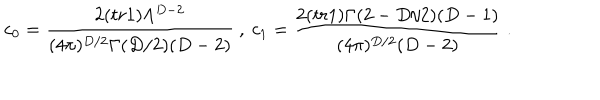
LaTeX: c _ { 0 } = \frac { 2 ( t r 1 ) \Lambda ^ { D - 2 } } { ( 4 \pi ) ^ { D / 2 } \Gamma ( D / 2 ) ( D - 2 ) } \ , \ c _ { 1 } = \frac { 2 ( t r 1 ) \Gamma ( 2 - D / 2 ) ( D - 1 ) } { ( 4 \pi ) ^ { D / 2 } ( D - 2 ) } \ .